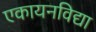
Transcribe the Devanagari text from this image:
एकायनविद्या